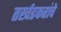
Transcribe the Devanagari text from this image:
तर्खडकरांचे